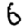
Digit: 6